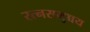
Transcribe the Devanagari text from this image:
रत्नसमुच्चय